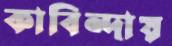
কাবিন্দায়